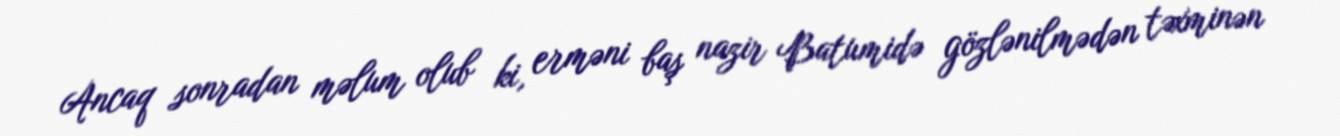
Ancaq sonradan məlum olub ki, erməni baş nazir Batumidə gözlənilmədən təxminən